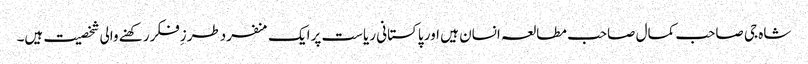
شاہ جی صاحب کمال صاحب مطالعہ انسان ہیں اور پاکستانی ریاست پرایک منفردطرزِفکررکھنے والی شخصیت ہیں۔